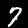
Label: 7